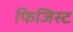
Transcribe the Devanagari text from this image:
फिजिस्ट